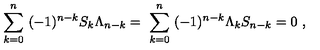
\sum _ { k = 0 } ^ { n } \ ( - 1 ) ^ { n - k } S _ { k } \Lambda _ { n - k } = \ \sum _ { k = 0 } ^ { n } \ ( - 1 ) ^ { n - k } \Lambda _ { k } S _ { n - k } = 0 \ ,